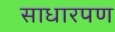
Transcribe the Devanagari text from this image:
साधारपण